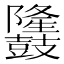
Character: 𪔳